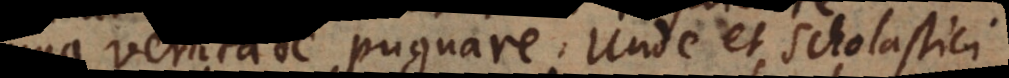
prima veritate pugnare. Unde et Scholastici